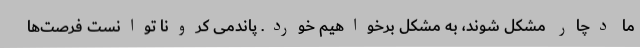
ما دچار مشکل شوند، به مشکل برخواهیم خورد. پاندمی کرونا توانست فرصت‌ها